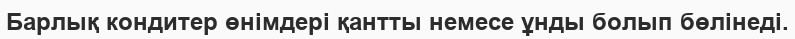
Барлық кондитер өнімдері қантты немесе ұнды болып бөлінеді.